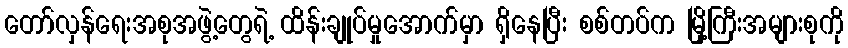
တော်လှန်ရေးအစုအဖွဲ့တွေရဲ့ ထိန်းချုပ်မှုအောက်မှာ ရှိနေပြီး စစ်တပ်က မြို့ကြီးအများစုကို